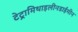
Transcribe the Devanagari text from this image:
टेट्रामिथाइलीनडाईमीन